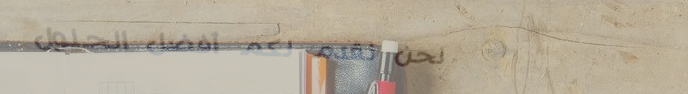
نحن نقدم لكم أفضل الحلول